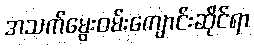
အသက်မွေးဝမ်းကျောင်းဆိုင်ရာ